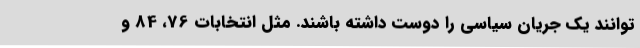
‌توانند یک جریان سیاسی را دوست داشته باشند. مثل انتخابات 76، 84 و